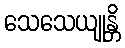
သေသေယျုန္တိ